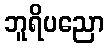
ဘူရိပညော